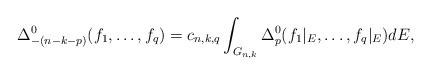
LaTeX: \begin{align*} \Delta^0_{-(n-k-p)}(f_1,\ldots,f_q) = c_{n,k,q}\int_{G_{n,k}}\Delta_{p}^0(f_1\vert_E,\ldots,f_q\vert_E)dE, \end{align*}